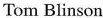
Tom Blinson